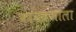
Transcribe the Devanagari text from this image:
कायक्रमाला